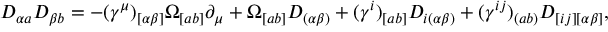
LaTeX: D _ { \alpha a } D _ { \beta b } = - ( \gamma ^ { \mu } ) _ { [ \alpha \beta ] } \Omega _ { [ a b ] } \partial _ { \mu } + \Omega _ { [ a b ] } D _ { ( \alpha \beta ) } + ( \gamma ^ { i } ) _ { [ a b ] } D _ { i ( \alpha \beta ) } + ( \gamma ^ { i j } ) _ { ( a b ) } D _ { [ i j ] [ \alpha \beta ] } ,